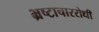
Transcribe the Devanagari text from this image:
भ्रष्टाचाररोधी